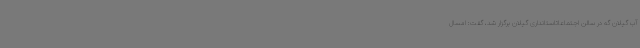
آب گیلان گه در سالن اجتماعاتاستانداری گیلان برگزار شد، گفت: امسال